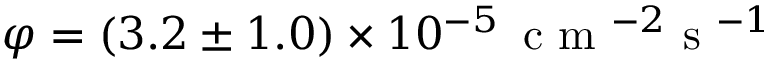
\varphi = ( 3 . 2 \pm 1 . 0 ) \times 1 0 ^ { - 5 } \, \textrm { c m } ^ { - 2 } \textrm { s } ^ { - 1 }